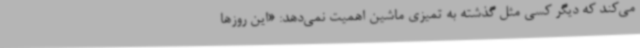
می‌کند که دیگر کسی مثل گذشته به تمیزی ماشین اهمیت نمی‌دهد: «این روزها